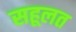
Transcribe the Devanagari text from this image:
सहूलत